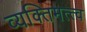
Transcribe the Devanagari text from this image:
व्यक्‍तिमत्त्व